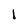
Character: l